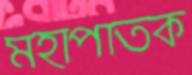
মহাপাতক